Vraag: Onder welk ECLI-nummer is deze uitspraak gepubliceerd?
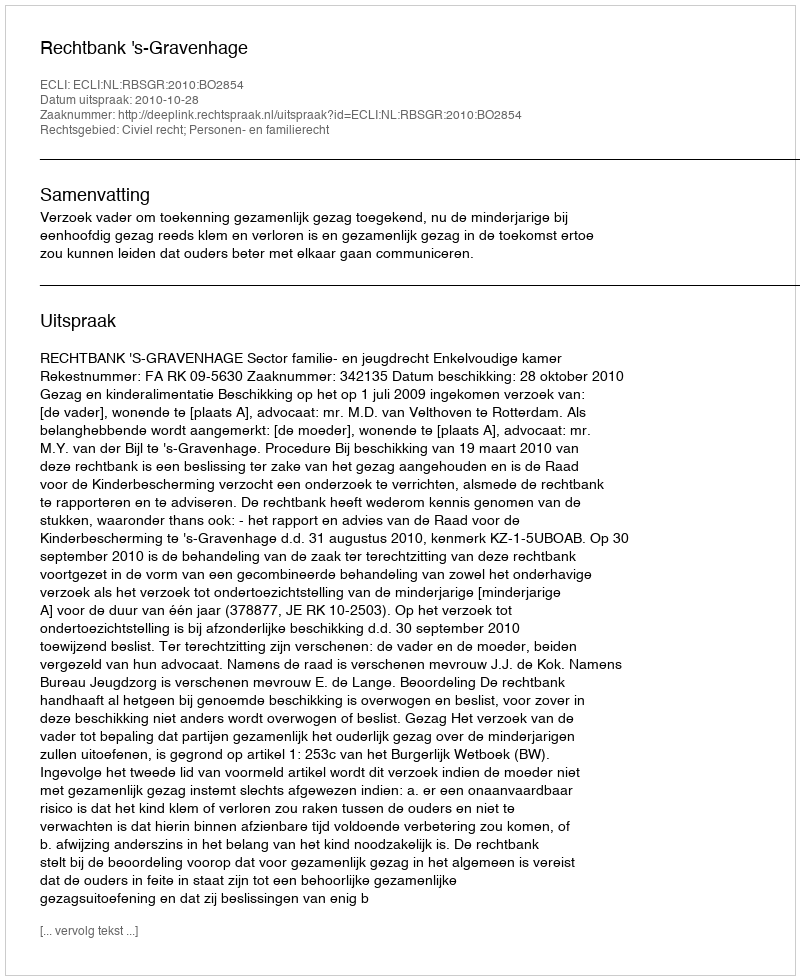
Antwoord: ECLI:NL:RBSGR:2010:BO2854